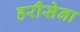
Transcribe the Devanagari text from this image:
हरीसेना